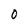
Character: 0